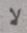
لا